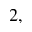
^ { 2 , }